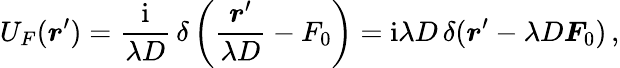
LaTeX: U_{F}(\boldsymbol r^{\prime})={\frac{\mathrm{i}}{\lambda D}}\, \delta\left({\frac{\boldsymbol r^{\prime}}{\lambda D}}-F_{0}\right)=\mathrm{i}\lambda D\, \delta(\boldsymbol r^{\prime}-\lambda D\boldsymbol F_{0})\, ,